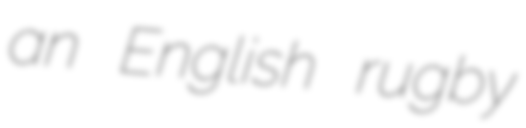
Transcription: an English rugby